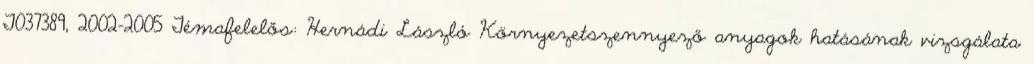
T037389, 2002-2005 Témafelelős: Hernádi László Környezetszennyező anyagok hatásának vizsgálata